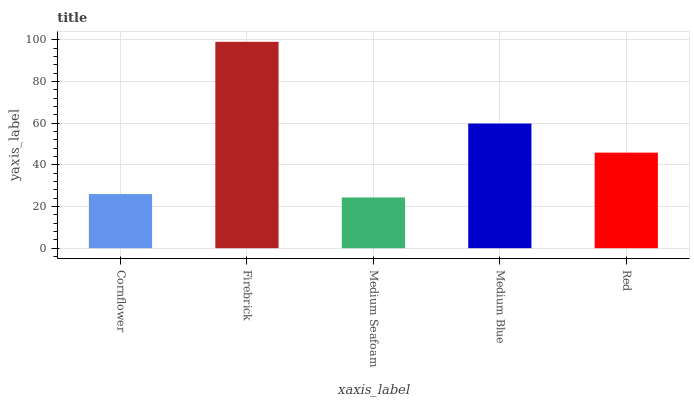
| xaxis_label | bars |
 | --- | --- |
 | Cornflower | 26 |
 | Firebrick | 99 |
 | Medium Seafoam | 24.3 |
 | Medium Blue | 59.8 |
 | Red | 45.8 |